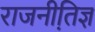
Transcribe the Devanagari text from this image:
राजनीति़ज्ञ